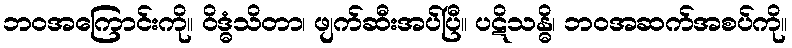
ဘဝအကြောင်းကို။ ဝိဒ္ဓံသိတာ၊ ဖျက်ဆီးအပ်ပြီ။ ပဋိသန္ဓိ၊ ဘဝအဆက်အစပ်ကို။